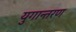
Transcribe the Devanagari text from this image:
युगान्तरण